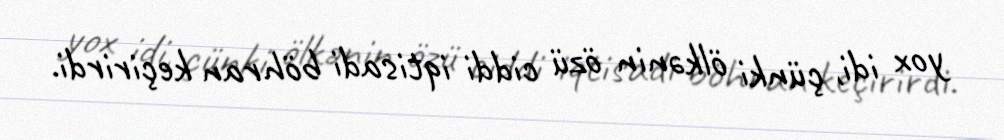
yox idi, çünki ölkənin özü ciddi iqtisadi böhran keçirirdi.